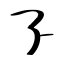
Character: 孒